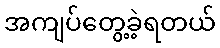
အကျပ်တွေ့ခဲ့ရတယ်